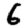
Digit: 6